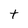
Character: t